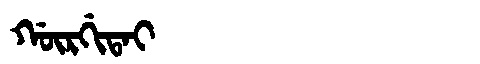
Manchu: ᡤᡡᡵᡤᡳᡨᠠᡳ
Romanization: GŪRGITAI